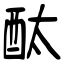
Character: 酞